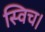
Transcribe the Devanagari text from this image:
स्विच।